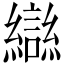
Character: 䜌